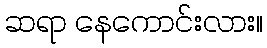
ဆရာ နေကောင်းလား။